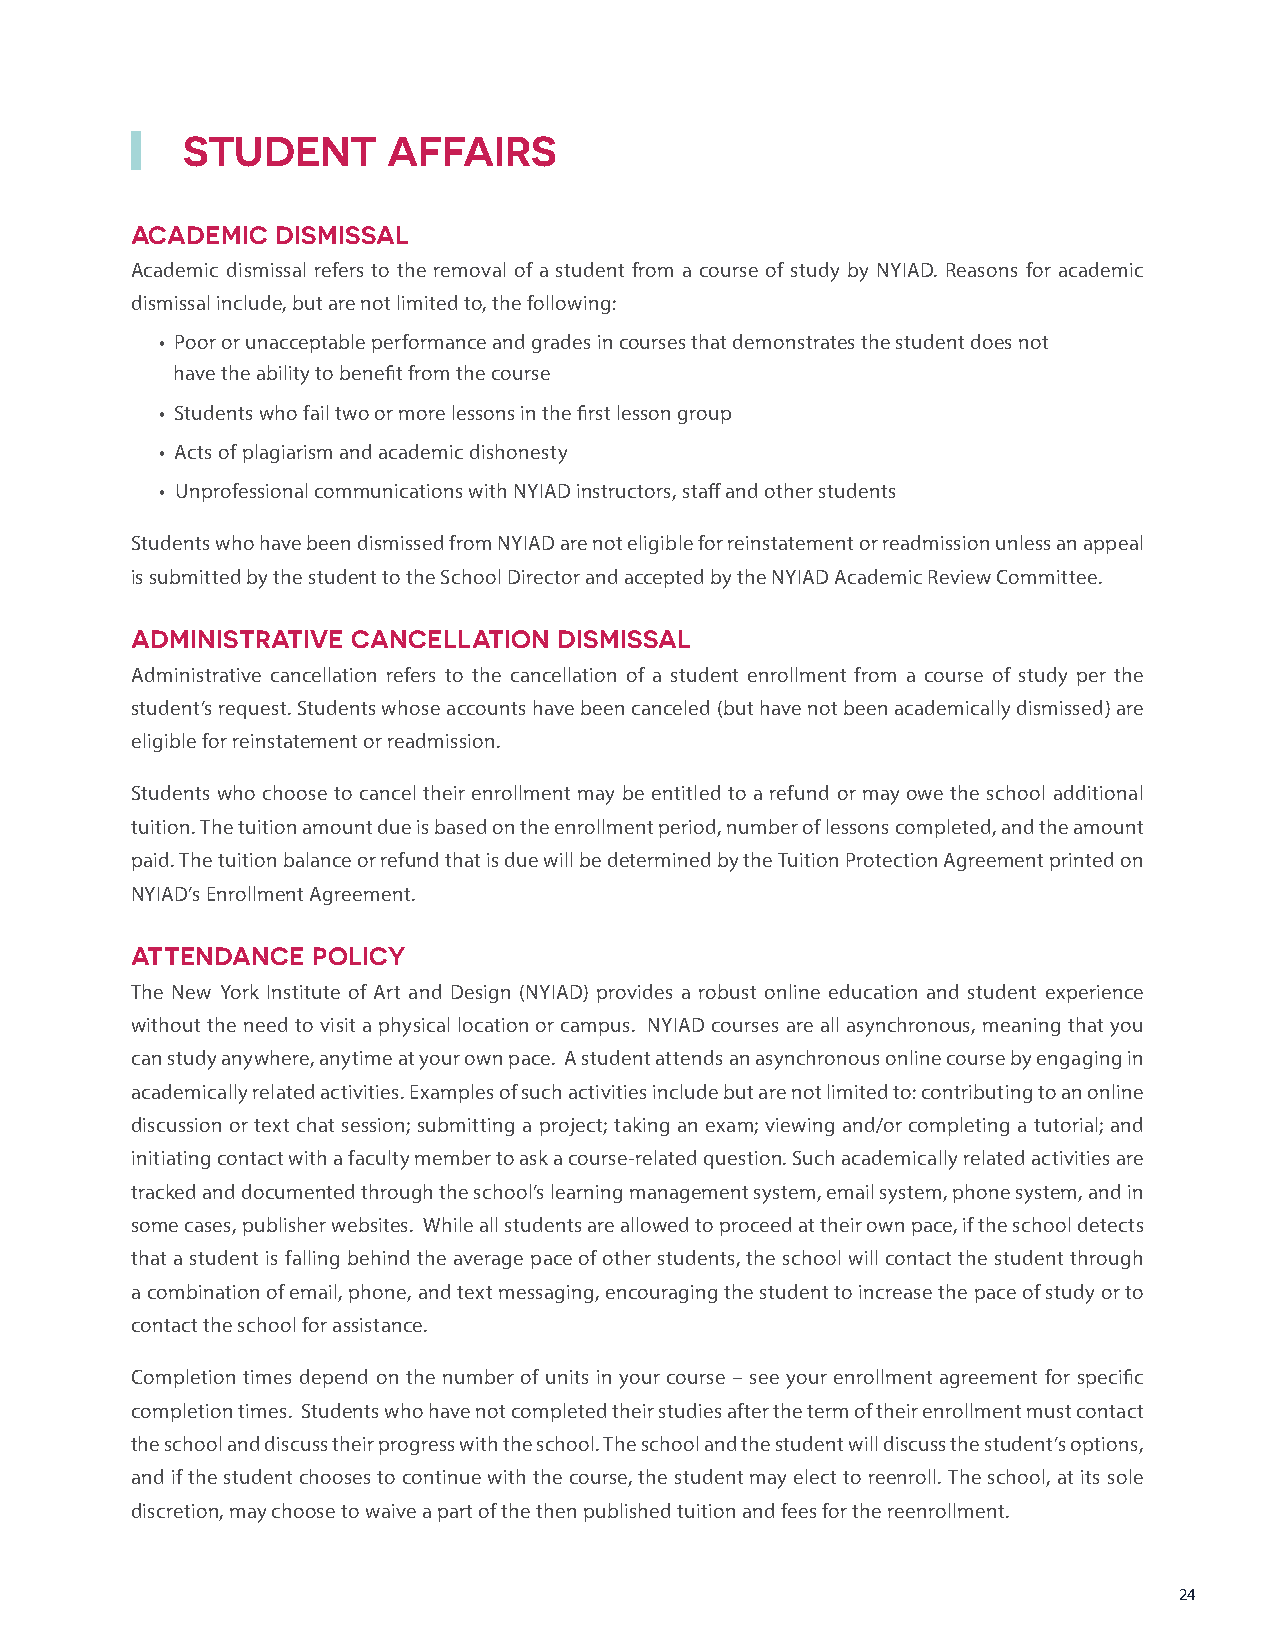
STUDENT       AFFAIRS
 ACADEMIC DISMISSAL
 Academic dismissal refers to the removal of a student from a course of study by NYIAD. Reasons for academic
 dismissal include, but are not limited to, the following:
 • Poor or unacceptable performance and grades in courses that demonstrates the student does not
 have the ability to benefit from the course
 • Students who fail two or more lessons in the first lesson group
 • Acts of plagiarism and academic dishonesty
 • Unprofessional communications with NYIAD instructors, staff and other students
 Students who have been dismissed from NYIAD are not eligible for reinstatement or readmission unless an appeal
 is submitted by the student to the School Director and accepted by the NYIAD Academic Review Committee.
 ADMINISTRATIVE CANCELLATION DISMISSAL
 Administrative cancellation refers to the cancellation of a student enrollment from a course of study per the
 student’s request. Students whose accounts have been canceled (but have not been academically dismissed) are
 eligible for reinstatement or readmission.
 Students who choose to cancel their enrollment may be entitled to a refund or may owe the school additional
 tuition. The tuition amount due is based on the enrollment period, number of lessons completed, and the amount
 paid. The tuition balance or refund that is due will be determined by the Tuition Protection Agreement printed on
 NYIAD’s Enrollment Agreement.
 ATTENDANCE  POLICY
 The New York Institute of Art and Design (NYIAD) provides a robust online education and student experience
 without the need to visit a physical location or campus. NYIAD courses are all asynchronous, meaning that you
 can study anywhere, anytime at your own pace. A student attends an asynchronous online course by engaging in
 academically related activities. Examples of such activities include but are not limited to: contributing to an online
 discussion or text chat session; submitting a project; taking an exam; viewing and/or completing a tutorial; and
 initiating contact with a faculty member to ask a course‐related question. Such academically related activities are
 tracked and documented through the school’s learning management system, email system, phone system, and in
 some cases, publisher websites. While all students are allowed to proceed at their own pace, if the school detects
 that a student is falling behind the average pace of other students, the school will contact the student through
 a combination of email, phone, and text messaging, encouraging the student to increase the pace of study or to
 contact the school for assistance.
 Completion times depend on the number of units in your course – see your enrollment agreement for specific
 completion times. Students who have not completed their studies after the term of their enrollment must contact
 the school and discuss their progress with the school. The school and the student will discuss the student’s options,
 and if the student chooses to continue with the course, the student may elect to reenroll. The school, at its sole
 discretion, may choose to waive a part of the then published tuition and fees for the reenrollment.
 24